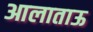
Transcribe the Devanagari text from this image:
आलाताऊ